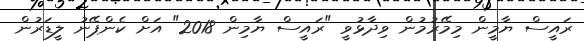
ރައީސް ޔާމީން މިމޭރުމުން ވިދާޅުވީ "ރައީސް ޔާމިން 2018" އަށް ކެންޕޭނު ލީޑަރުން